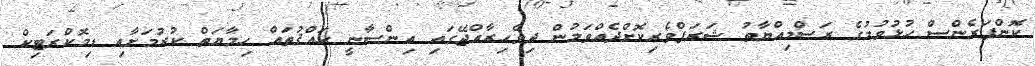
ކޮންފަރެންސް ހުޅުވުމުގެ ރަސްމިއްޔާތު ޝަރަފްވެރިކޮށްދެއްވަމުން ދިވެހިރާއްޖޭގައި އިންސާނީ ޙައްޤުތައް ހިމާޔަތް ކުރުމަށާއި ޑިމޮކްރަޓިކް